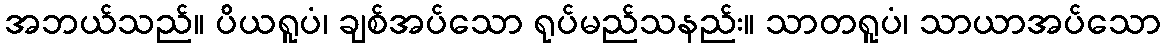
အဘယ်သည်။ ပိယရူပံ၊ ချစ်အပ်သော ရုပ်မည်သနည်း။ သာတရူပံ၊ သာယာအပ်သော